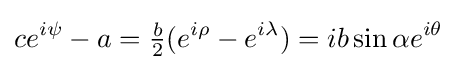
ce^{i\psi }-a={\tfrac {b}{2}}(e^{i\rho }-e^{i\lambda })=ib\sin \alpha e^{i\theta }